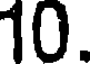
10.